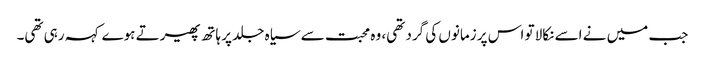
جب میں نے اسے نکالا تو اس پر زمانوں کی گرد تھی، وہ محبت سے سیاہ جلد پر ہاتھ پھیرتے ہوے کہہ رہی تھی۔